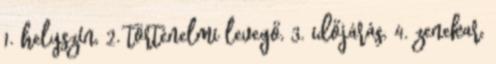
1. helyszín, 2. történelmi levegő, 3. időjárás, 4. zenekar,